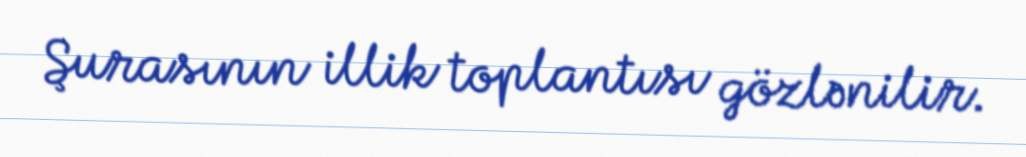
Şurasının illik toplantısı gözlənilir.